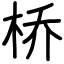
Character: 桥